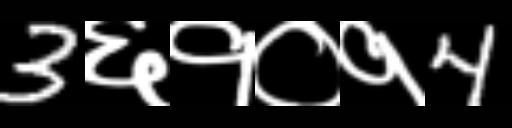
Text: 3६१०१4